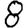
Digit: 8